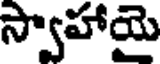
స్వాహాయై